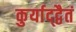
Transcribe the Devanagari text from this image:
कुर्याद्द्वैतं